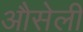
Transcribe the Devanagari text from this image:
औसेली